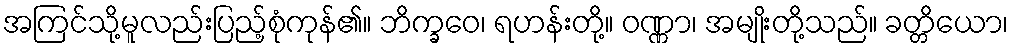
အကြင်သို့မူလည်းပြည့်စုံကုန်၏။ ဘိက္ခဝေ၊ ရဟန်းတို့။ ဝဏ္ဏာ၊ အမျိုးတို့သည်။ ခတ္တိယော၊